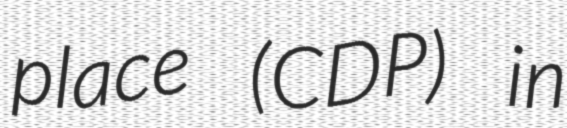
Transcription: place (CDP) in